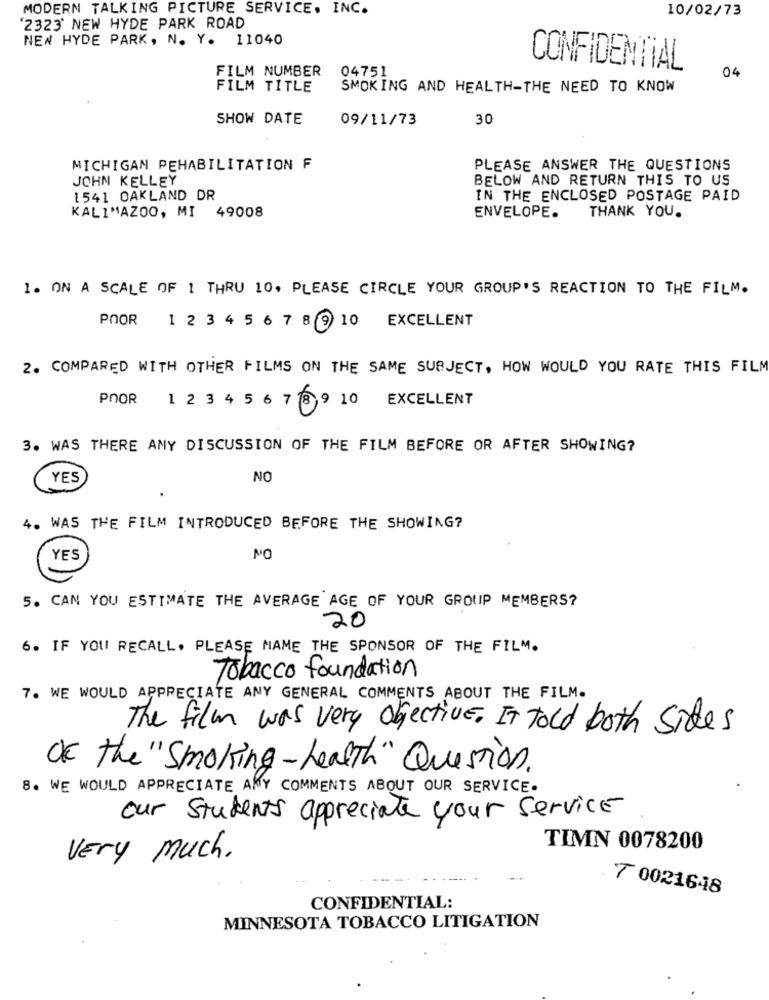
MODERN TALKING PICTURE SERVICE. INC.
10/02/73
'2323' NEW HYDE PARK ROAD
NEW HYDE PARK, N. Y. 11040
FILM NUMBER
04751
CONFIDENTIAL
04
FILM TITLE
SMOKING AND HEALTH-THE NEED TO KNOW
SHOW DATE
09/11/73
30
MICHIGAN PEHABILITATION F
PLEASE ANSWER THE QUESTIONS
JOHN KELLEY
BELOW AND RETURN THIS TO US
1541 OAKLAND DR
IN THE ENCLOSED POSTAGE PAID
KALIMAZOO, MI 49008
THANK YOU.
ENVELOPE.
1. ON A SCALE OF 1 THRU 10, PLEASE CIRCLE YOUR GROUP'S REACTION TO THE FILM.
POOR 1 2 3 4 5 6 7 8 9 10 EXCELLENT
2. COMPARED WITH OTHER FILMS ON THE SAME SUBJECT, HOW WOULD YOU RATE THIS FILM
POOR 1 2 3 4 5 6 7 8 9 10 EXCELLENT
3. WAS THERE ANY DISCUSSION OF THE FILM BEFORE OR AFTER SHOWING?
YES
NO
4. WAS THE FILM INTRODUCED BEFORE THE SHOWING?
YES
NO
5. CAN YOU ESTIMATE THE AVERAGE AGE OF YOUR GROUP MEMBERS?
20
6. IF YOU RECALL. PLEASE MAME THE SPONSOR OF THE FILM.
Tobacco foundation
7. WE WOULD APPRECIATE ANY GENERAL COMMENTS ABOUT THE FILM.
The film was very objective. IT told both sides
Of the " Smoking-health" Question.
8. WE WOULD APPRECIATE ANY COMMENTS ABOUT OUR SERVICE .
our students appreciate your service
TIMN 0078200
Very much.
7 0021648
CONFIDENTIAL:
MINNESOTA TOBACCO LITIGATION